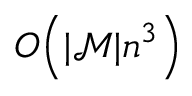
O \! \left( \lvert \mathcal { M } \rvert n ^ { 3 } \right)